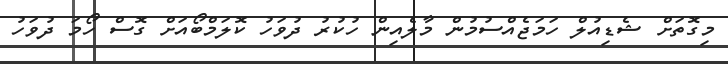
މިގޮތަށް ޝެޑިއުލް ހަމަޖެއްސުމުން މާލެއިން ހުކުރު ދުވަހު ކޮލަމްބޯއަށް ގޮސް ހޯމަ ދުވަހު